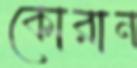
কোরান